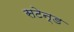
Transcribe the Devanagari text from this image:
सटेन्ड